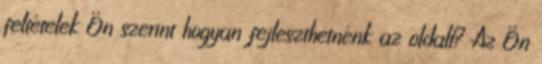
feltételek Ön szerint hogyan fejleszthetnénk az oldalt? Az Ön